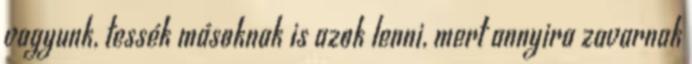
vagyunk, tessék másoknak is azok lenni, mert annyira zavarnak